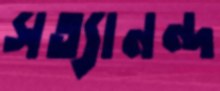
সত্যানন্দ